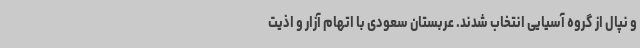
و نپال از گروه آسیایی انتخاب شدند. عربستان سعودی با اتهام آزار و اذیت